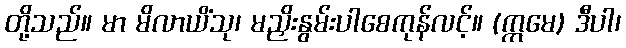
တို့သည်။ မာ မိလာယိံသု၊ မညှိးနွမ်းပါစေကုန်လင့်။ (ဣမေ) ဒီပါ၊